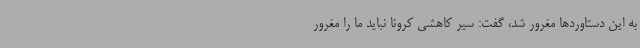
به این دستاوردها مغرور شد، گفت: سیر کاهشی کرونا نباید ما را مغرور